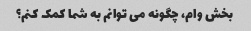
بخش وام، چگونه می توانم به شما کمک کنم؟